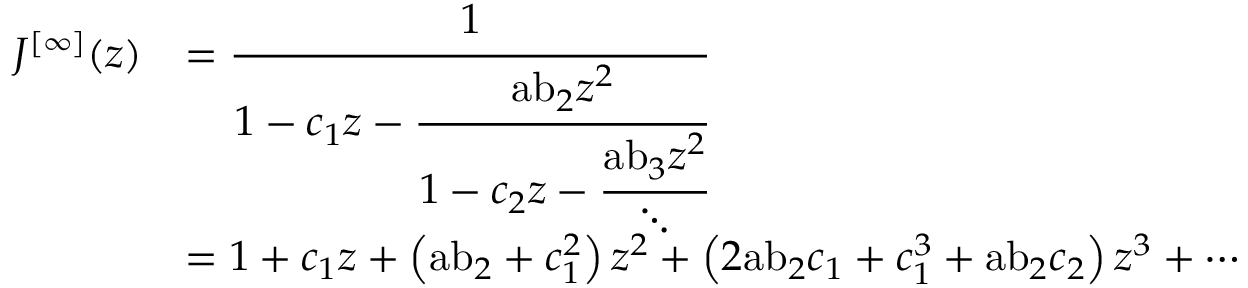
{ \begin{array} { r l } { J ^ { [ \infty ] } ( z ) } & { = { \cfrac { 1 } { 1 - c _ { 1 } z - { \cfrac { { \mathrm { a b } } _ { 2 } z ^ { 2 } } { 1 - c _ { 2 } z - { \cfrac { { \mathrm { a b } } _ { 3 } z ^ { 2 } } { \ddots } } } } } } } \\ & { = 1 + c _ { 1 } z + \left( { \mathrm { a b } } _ { 2 } + c _ { 1 } ^ { 2 } \right) z ^ { 2 } + \left( 2 { \mathrm { a b } } _ { 2 } c _ { 1 } + c _ { 1 } ^ { 3 } + { \mathrm { a b } } _ { 2 } c _ { 2 } \right) z ^ { 3 } + \cdots } \end{array} }